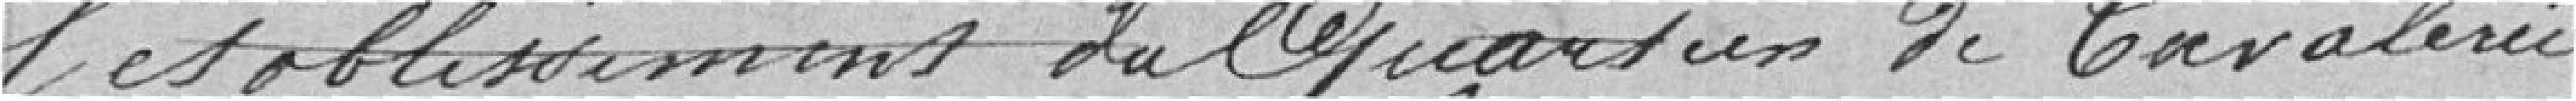
l'établissement du quartier de Cavalerie